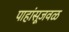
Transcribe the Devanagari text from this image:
पाहांसूजवळ